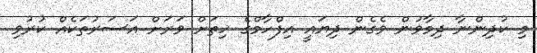
މި ކުދިންނާ ދިމާވުން ވެގެން ދިޔައީ އިފްހާމްގެ ހިތަށް ވަރަށް އަސަރުތަކެއް ކުރުވި